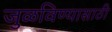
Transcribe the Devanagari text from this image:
जुळविण्यासाठी